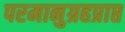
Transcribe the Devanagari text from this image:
परमानुग्रहप्राप्त